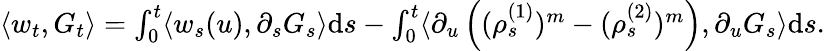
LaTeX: \begin{array}{r}{\langle w_{t},G_{t}\rangle=\int_{0}^{t}\langle w_{s}(u),\partial_{s}G_{s}\rangle\mathrm{d}s-\int_{0}^{t}\langle\partial_{u}\left((\rho_{s}^{(1)})^{m}-(\rho_{s}^{(2)})^{m}\right),\partial_{u}G_{s}\rangle\mathrm{d}s.}\end{array}